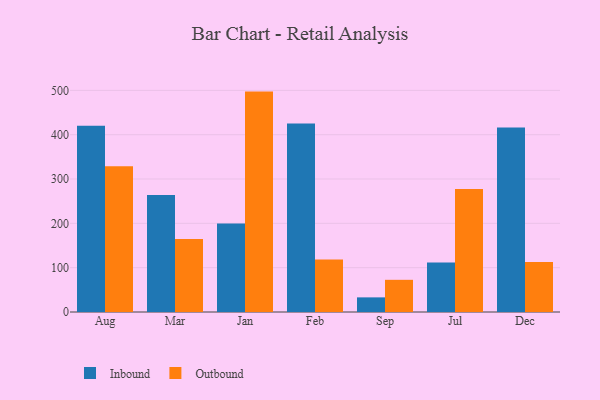
{"axis": {"x": "Month", "y": "Active Users"}, "legend": ["Inbound", "Outbound"], "data": [{"x": "Aug", "y": 420.2, "type": "Inbound"}, {"x": "Aug", "y": 328.7, "type": "Outbound"}, {"x": "Mar", "y": 263.7, "type": "Inbound"}, {"x": "Mar", "y": 164.5, "type": "Outbound"}, {"x": "Jan", "y": 199.9, "type": "Inbound"}, {"x": "Jan", "y": 497.2, "type": "Outbound"}, {"x": "Feb", "y": 425.2, "type": "Inbound"}, {"x": "Feb", "y": 118.4, "type": "Outbound"}, {"x": "Sep", "y": 33.0, "type": "Inbound"}, {"x": "Sep", "y": 72.6, "type": "Outbound"}, {"x": "Jul", "y": 111.8, "type": "Inbound"}, {"x": "Jul", "y": 277.6, "type": "Outbound"}, {"x": "Dec", "y": 416.1, "type": "Inbound"}, {"x": "Dec", "y": 112.9, "type": "Outbound"}]}